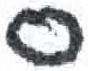
אות: ס